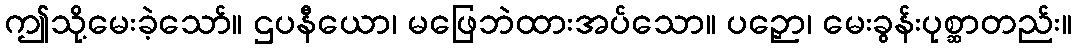
ဤသို့မေးခဲ့သော်။ ဌပနီယော၊ မဖြေဘဲထားအပ်သော။ ပဉှော၊ မေးခွန်းပုစ္ဆာတည်း။